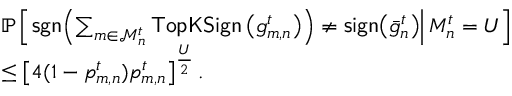
\begin{array} { r l } & { \mathbb { P } \left[ \left. { \sf s g n } \! \left( \sum _ { m \in \mathcal { M } _ { n } ^ { t } } { \sf T o p K S i g n } \left( g _ { m , n } ^ { t } \right) \right) \neq { \sf s i g n } \! \left( { \bar { g } } _ { n } ^ { t } \right) \right| M _ { n } ^ { t } = U \right] } \\ & { \leq \left[ 4 ( 1 - { p } _ { m , n } ^ { t } ) { p } _ { m , n } ^ { t } \right] ^ { \frac { U } { 2 } } . } \end{array}